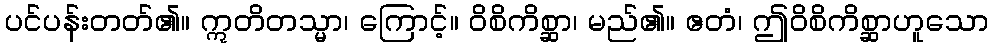
ပင်ပန်းတတ်၏။ ဣတိတသ္မာ၊ ကြောင့်။ ဝိစိကိစ္ဆာ၊ မည်၏။ ဧတံ၊ ဤဝိစိကိစ္ဆာဟူသော